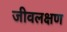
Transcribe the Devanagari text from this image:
जीवलक्षण